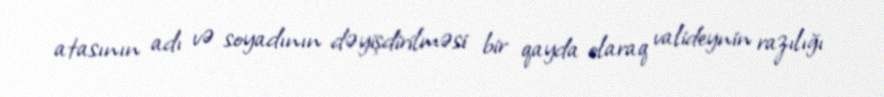
atasının adı və soyadının dəyişdirilməsi bir qayda olaraq valideynin razılığı